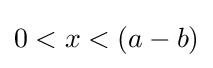
0<x<(a-b)